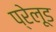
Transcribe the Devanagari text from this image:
प्रेलूड